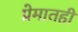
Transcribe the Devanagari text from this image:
प्रेमातही